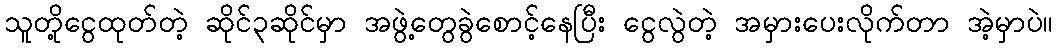
သူတို့ငွေထုတ်တဲ့ ဆိုင်၃ဆိုင်မှာ အဖွဲ့တွေခွဲစောင့်နေပြီး ငွေလွဲတဲ့ အမှားပေးလိုက်တာ အဲ့မှာပဲ။